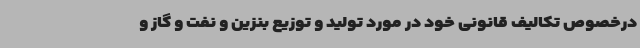
درخصوص تکالیف قانونی خود در مورد تولید و توزیع بنزین و نفت و گاز و